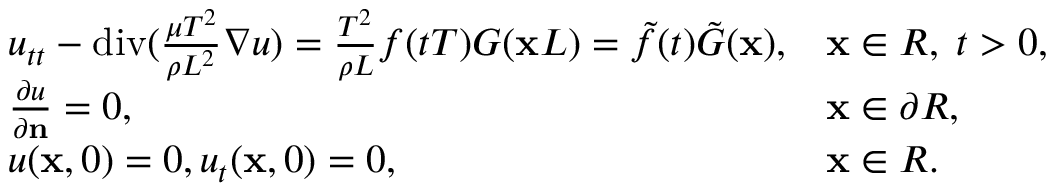
\begin{array} { r } { \begin{array} { l l } { u _ { t t } - \mathrm { d i v } ( { \frac { \mu T ^ { 2 } } { \rho L ^ { 2 } } } \nabla u ) = { \frac { T ^ { 2 } } { \rho L } } f ( t T ) G ( \mathbf x L ) = \tilde { f } ( t ) \tilde { G } ( \mathbf x ) , } & { \mathbf x \in R , \; t > 0 , } \\ { { \frac { \partial u } { \partial \mathbf n } } = 0 , } & { \mathbf x \in \partial R , } \\ { u ( \mathbf x , 0 ) = 0 , u _ { t } ( \mathbf x , 0 ) = 0 , } & { \mathbf x \in R . } \end{array} } \end{array}